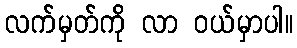
လက်မှတ်ကို လာ ဝယ်မှာပါ။